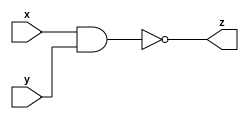
module nand_gate_32 (x, y, z);
  input [31:0] x;
  input [31:0] y;
  output [31:0] z;
  
  assign z = ~(x&y) ;
  
  
endmodule